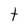
Character: t